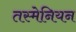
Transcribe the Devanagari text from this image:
तस्मेनियन